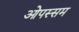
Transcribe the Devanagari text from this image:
ओपस्सम